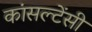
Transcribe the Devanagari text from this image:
कांसल्टेंसी